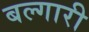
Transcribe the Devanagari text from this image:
बल्गारी